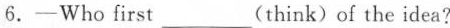
6.—Who first___(think)of the idea?